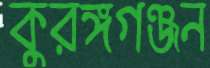
কুরঙ্গগঞ্জন